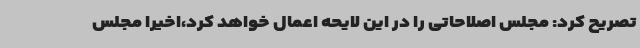
تصریح کرد: مجلس اصلاحاتی را در این لایحه اعمال خواهد کرد،اخیرا مجلس